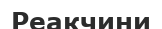
Реакчини